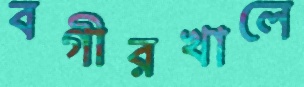
বগীরখালে